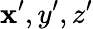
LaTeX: \mathbf{x}^{\prime},y^{\prime},z^{\prime}